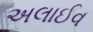
અલાઈવ